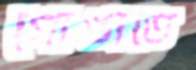
গোঙাতে